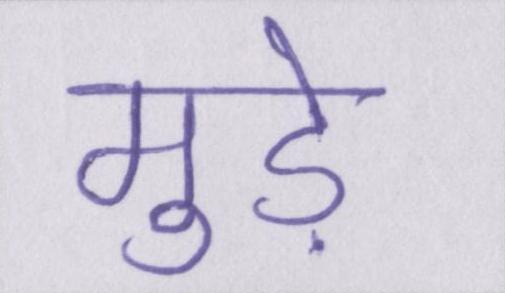
मुड़े